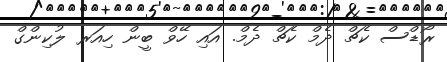
ރޯޑްސް ކެޗް ދެމް ކެޗް ދެމް. އައި ހޭވް ބީން ހިއަރ ލުކިންގް